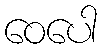
ဝေပေါ